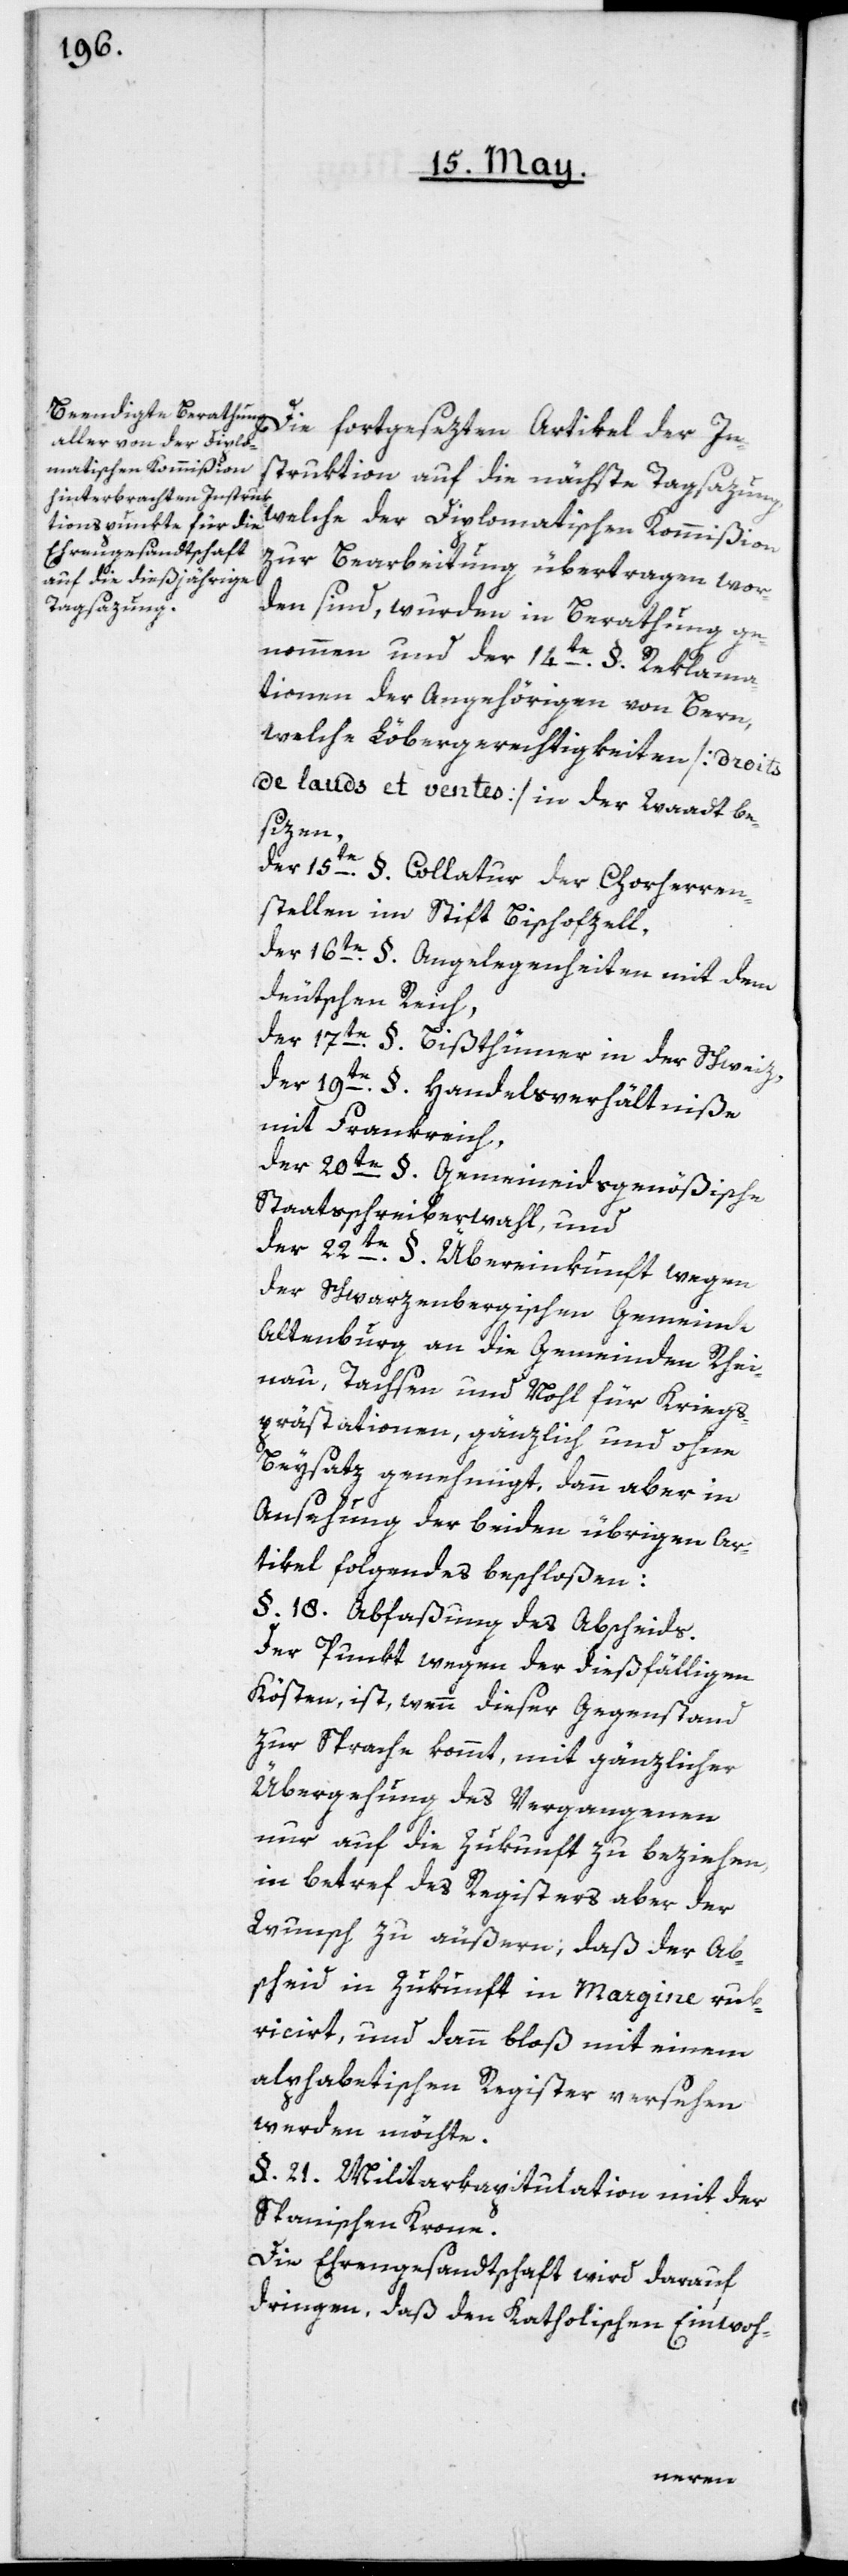
Die fortgesezten Artikel der In¬
struktion auf die nächste Tagsazung,
welche der Diplomatischen Kommißion
zur Bearbeitung übertragen wor¬
den sind, wurden in Berathung ge¬
nommen und der 14te §. Reklam¬
ationen der Angehörigen von Bern,
welche Löbergerechtigkeiten [droits
de lauds et ventes] in der Waadt be¬
sizen,
der 15te § Collatur der Chorherren¬
stellen im Stift Bischofszell,
der 16te §. Angelegenheiten mit dem
deutschen Reich,
der 17te §. Bißthümer in der Schweiz,
der 19te §. Handelsverhältniße
mit Frankreich,
der 20te §. Gemeineidsgenößische
Staatsschreiberwahl, und
der 22te §. Übereinkunft wegen
der schwarzenbergischen Gemeinde
Altenburg an die Gemeinden Rhei¬
nau, Tachsen und Nohl für Kriegs¬
prästationen, gänzlich und ohne
Beysaz genehmigt, dann aber in
Ansehung der beiden übrigen Ar¬
tikel Folgendes beschloßen:
§. 18. Abfaßung des Abscheids.
Der Punkt wegen der dießfälligen
Kösten, ist, wenn dieser Gegenstand
zur Sprache kommt, mit gänzlicher
Übergehung des Vergangenen
nur auf die Zukunft zu beziehen,
in betref des Registers aber der
Wunsch zu äußern, daß der Ab¬
scheid in Zukunft in Margine rub¬
ricirt, und dann bloß mit einem
alphabetischen Register versehen
werden möchte.
§. 21. Militarkapitulation mit der
Spanischen Krone.
Die Ehrengesandtschaft wird darauf
dringen, daß den katholischen Einwoh-